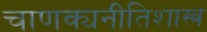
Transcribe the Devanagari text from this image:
चाणक्यनीतिशास्त्र